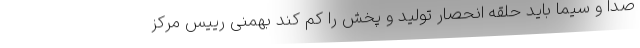
صدا و سیما باید حلقه انحصار تولید و پخش را کم کند بهمنی رییس مرکز